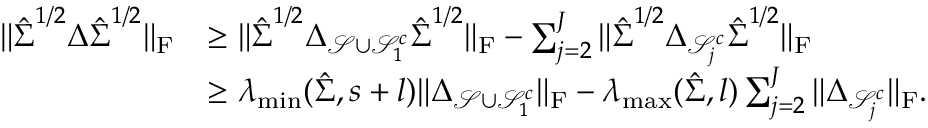
\begin{array} { r l } { \| \hat { \boldsymbol { \Sigma } } ^ { 1 / 2 } \boldsymbol { \Delta } \hat { \boldsymbol { \Sigma } } ^ { 1 / 2 } \| _ { \mathrm { F } } } & { \geq \| \hat { \boldsymbol { \Sigma } } ^ { 1 / 2 } \boldsymbol { \Delta } _ { \mathcal { S } \cup \mathcal { S } _ { 1 } ^ { c } } \hat { \boldsymbol { \Sigma } } ^ { 1 / 2 } \| _ { \mathrm { F } } - \sum _ { j = 2 } ^ { J } \| \hat { \boldsymbol { \Sigma } } ^ { 1 / 2 } \boldsymbol { \Delta } _ { \mathcal { S } _ { j } ^ { c } } \hat { \boldsymbol { \Sigma } } ^ { 1 / 2 } \| _ { \mathrm { F } } } \\ & { \geq \lambda _ { \operatorname* { m i n } } ( \hat { \boldsymbol { \Sigma } } , s + l ) \| \boldsymbol { \Delta } _ { \mathcal { S } \cup \mathcal { S } _ { 1 } ^ { c } } \| _ { \mathrm { F } } - \lambda _ { \operatorname* { m a x } } ( \hat { \boldsymbol { \Sigma } } , l ) \sum _ { j = 2 } ^ { J } \| \boldsymbol { \Delta } _ { \mathcal { S } _ { j } ^ { c } } \| _ { \mathrm { F } } . } \end{array}